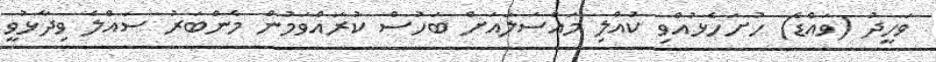
ވަހީދު (ވައްޑެ) ހުށަހެޅުއްވި ކުއްލި މައްސަލައަށް ބަހުސް ކުރައްވަމުން މެންބަރު ސައްލެ ވިދާޅުވީ